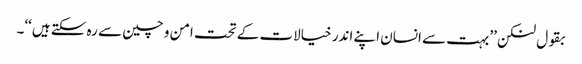
بقول لنکن ’’بہت سے انسان اپنے اندر خیالات کے تحت امن و چین سے رہ سکتے ہیں‘‘۔